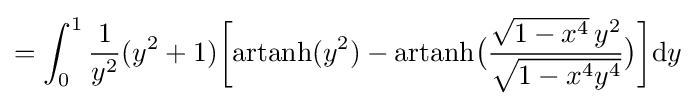
=\int _{0}^{1}{\frac {1}{y^{2}}}(y^{2}+1){\biggl [}{\text{artanh}}(y^{2})-{\text{artanh}}{\bigl (}{\frac {{\sqrt {1-x^{4}}}\,y^{2}}{\sqrt {1-x^{4}y^{4}}}}{\bigr )}{\biggr ]}\mathrm {d} y